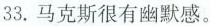
33.马克斯很有幽默感。